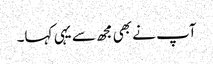
آپ نے بھی مجھ سے یہی کہا۔